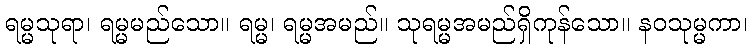
ရမ္မသုရာ၊ ရမ္မမည်သော။ ရမ္မ၊ ရမ္မအမည်။ သုရမ္မအမည်ရှိကုန်သော။ နဝသုမ္မကာ၊